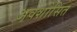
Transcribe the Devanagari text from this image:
अवशोसित